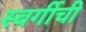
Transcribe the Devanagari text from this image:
स्वर्गीची